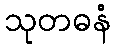
သုတဓနံ